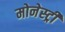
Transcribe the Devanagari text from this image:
मोनेस्‍ट्री